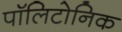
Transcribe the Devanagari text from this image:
पॉलिटोनिक